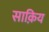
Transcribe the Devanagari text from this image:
साक़िय